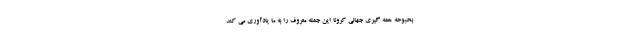
بحبوحه همه گیری جهانی کرونا این جمله معروف را به ما یادآوری می کند